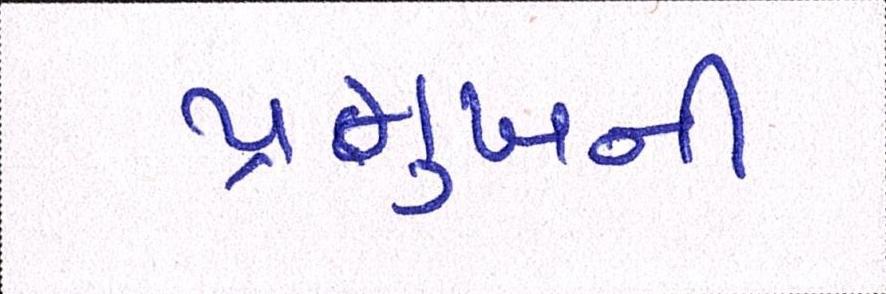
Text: પ્રમુખની